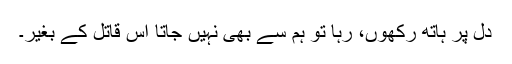
دل پر ہاتھ رکھوں، رہا تو ہم سے بھی نہیں جاتا اس قاتل کے بغیر۔